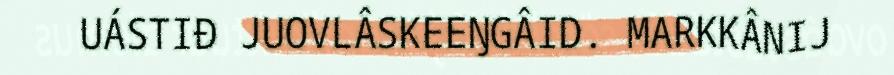
UÁSTIĐ JUOVLÂSKEEŊGÂID. MARKKÂNIJ